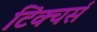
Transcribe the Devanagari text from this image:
टिंक्चर्स